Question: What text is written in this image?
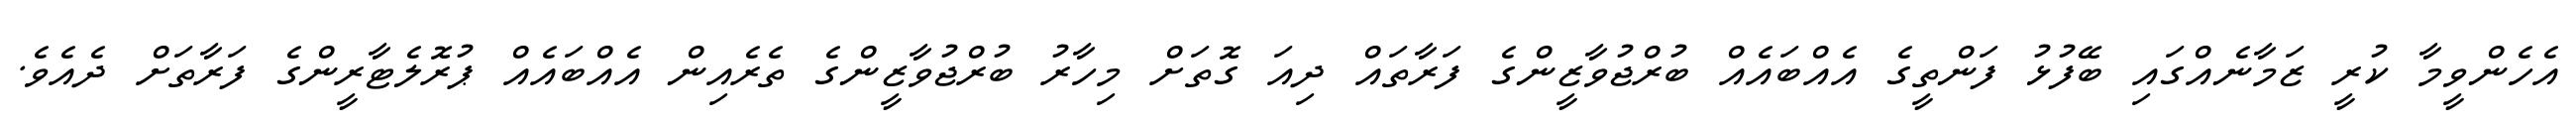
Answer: އެހެންވީމާ ކުރީ ޒަމާނެއްގައި ބޭފުޅު ފަންތީގެ އެއްބައެއް ބުރްޖުވާޒީންގެ ފަރާތައް ދިއަ ގޮތަށް މިހާރު ބުރްޖުވާޒީންގެ ތެރެއިން އެއްބައެއް ޕުރޮލެޓާރީންގެ ފަރާތަށް ދެއެވެ.